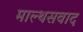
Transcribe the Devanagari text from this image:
माल्थसवाद